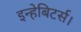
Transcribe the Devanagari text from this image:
इन्हेबिटर्स।